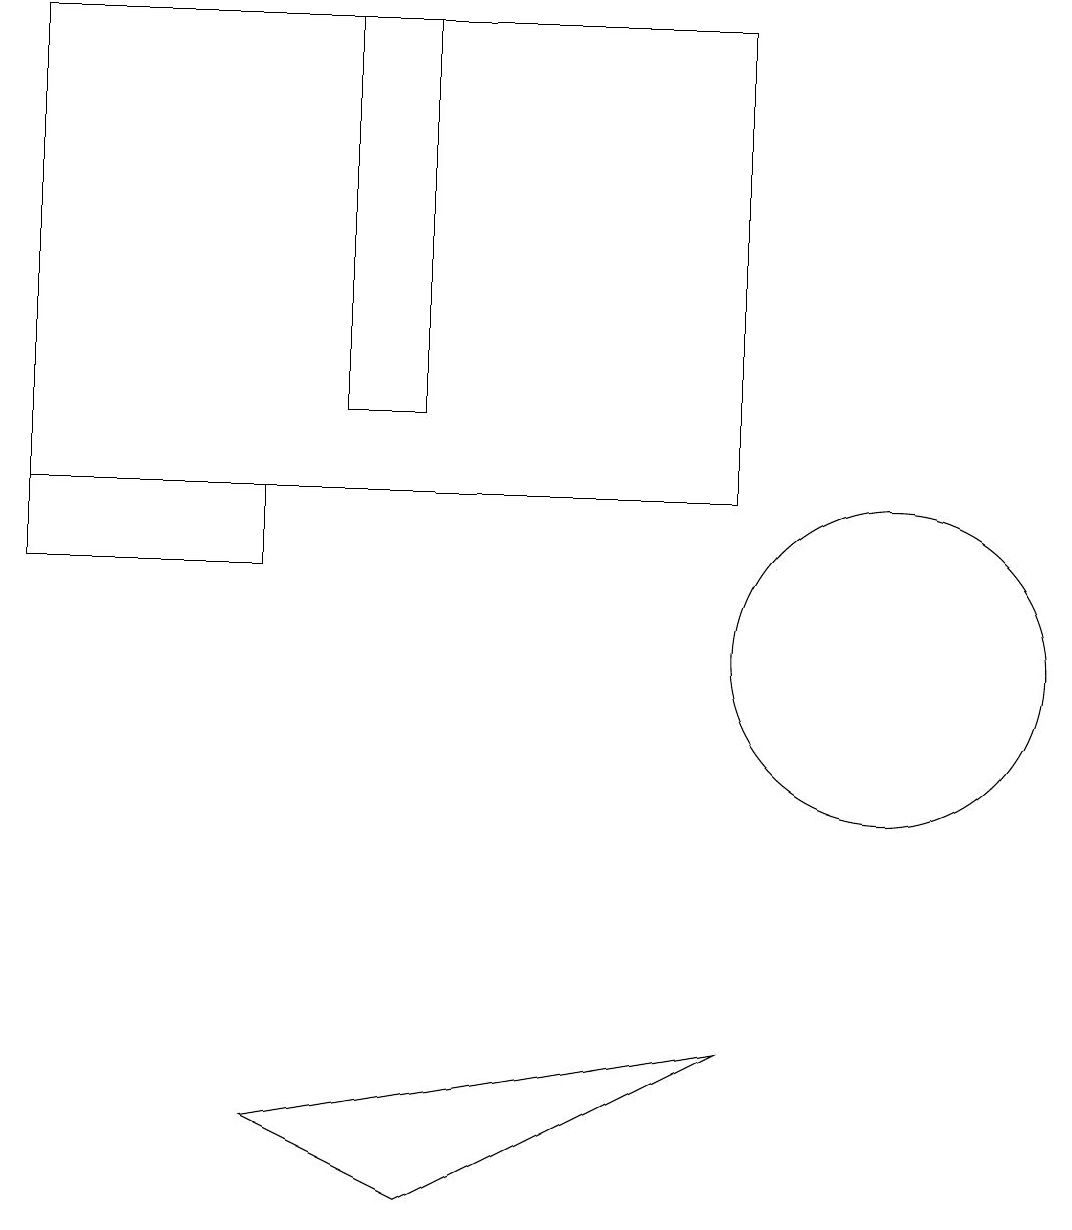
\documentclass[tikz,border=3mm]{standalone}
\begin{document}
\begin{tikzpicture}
\draw (3,5) -- (5,4) -- (9,6) -- cycle;
\draw (9,19) rectangle (0,13);
\draw (0,13) rectangle (3,12);
\draw (4,19) rectangle (5,14);
\draw (11,11) circle (2);
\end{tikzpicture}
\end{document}